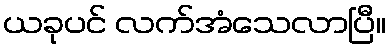
ယခုပင် လက်အံသေလာပြီ။